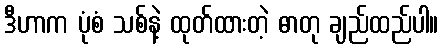
ဒီဟာက ပုံစံ သစ်နဲ့ ထုတ်ထားတဲ့ ဓာတု ချည်ထည်ပါ။